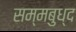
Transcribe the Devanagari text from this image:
सम्मबुध्द